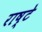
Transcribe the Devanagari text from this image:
राष्टे